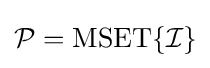
{\mathcal {P}}=\operatorname {MSET} \{{\mathcal {I}}\}